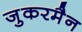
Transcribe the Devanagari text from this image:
जुकरमैन